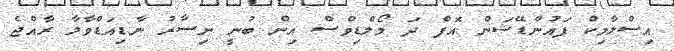
އިސްލާމިކް ފައުންޑޭޝަން އޮފް ދަ މޯލްޑިވްސް އިން ބުނީ ނިސާރު ނާޑިއަޑްވާލާ ރާއްޖެ